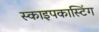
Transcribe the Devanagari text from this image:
स्काइपकास्टिंग